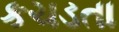
કચડતા